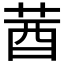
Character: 莤